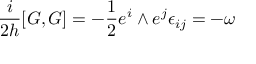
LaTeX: \frac { i } { 2 h } [ G , G ] = - \frac { 1 } { 2 } e ^ { i } \wedge e ^ { j } \epsilon _ { i j } = - \omega